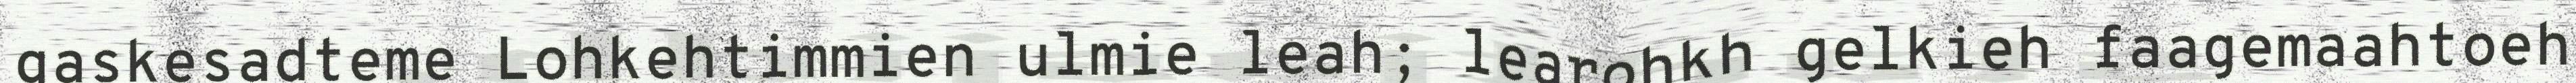
gaskesadteme Lohkehtimmien ulmie leah; learohkh gelkieh faagemaahtoeh